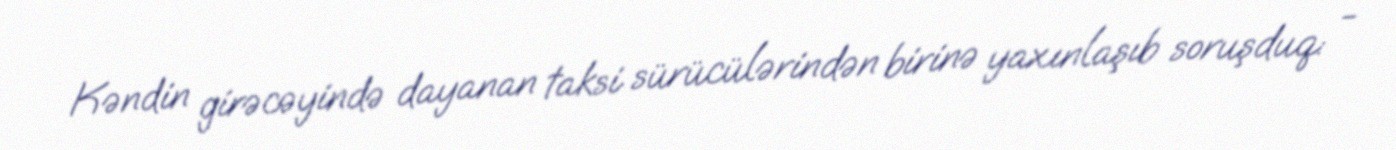
Kəndin girəcəyində dayanan taksi sürücülərindən birinə yaxınlaşıb soruşduq: -